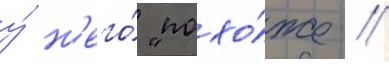
у́ н'его́ "похо́же /